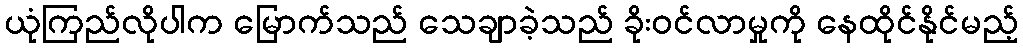
ယုံကြည်လိုပါက မြောက်သည် သေချာခဲ့သည် ခိုးဝင်လာမှုကို နေထိုင်နိုင်မည့်